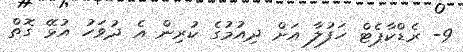
9- ރެޑްކާޕެޓް ހަފުލާ އަށް ދިއުމުގެ ކުރިން އެ ދުވަހު އުޅޭ ގޮތް